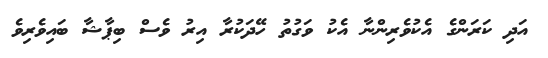
އަދި ކަރަންގެ އެކުވެރިންނާ އެކު ވަގުތު ހޭދަކުރާ އިރު ވެސް ބިޕާޝާ ބައިވެރިވެ